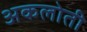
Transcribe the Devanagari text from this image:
अकलोती